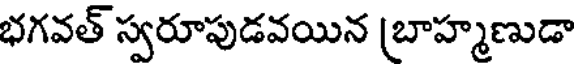
భగవత్ స్వరూపుడవయిన (బాహ్మణుడా